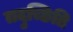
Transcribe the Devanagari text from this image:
तदुच्छिति